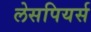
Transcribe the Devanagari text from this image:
लेसपियर्स